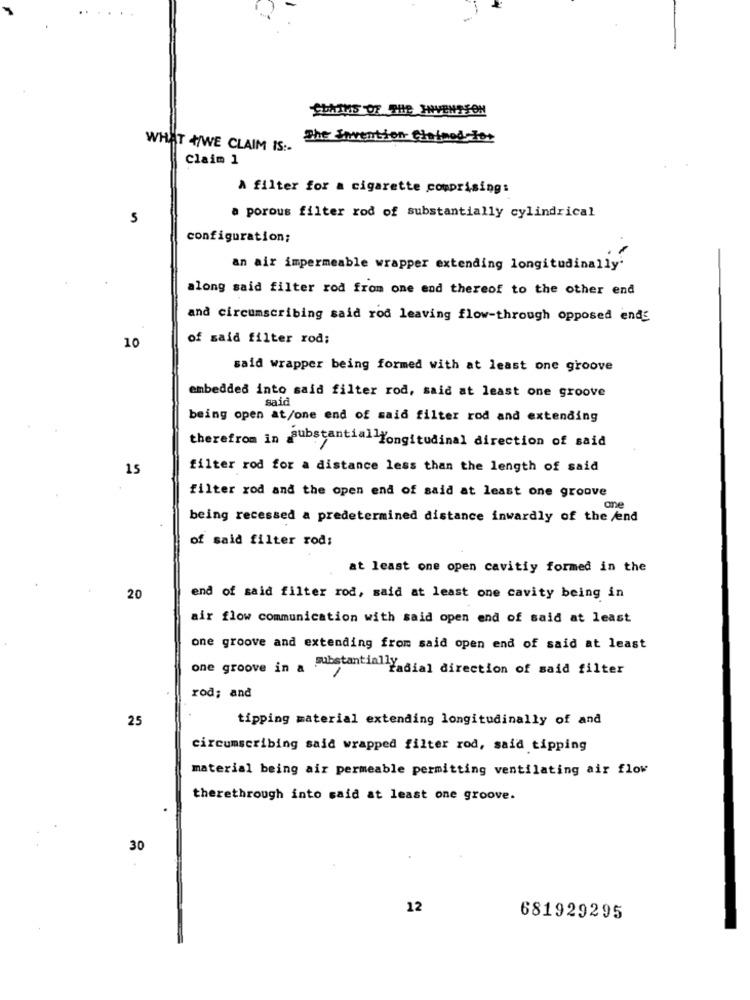
The Invention Chained For
WHAT +/WE CLAIM IS :-
Claim 1
A filter for a cigarette comprising:
a porous filter rod of substantially cylindrical
5
configuration;
an air impermeable wrapper extending longitudinally'
along said filter rod from one end thereof to the other end
and circumscribing said rod leaving flow-through opposed ends
10
of said filter rod;
said wrapper being formed with at least one groove
embedded into said filter rod, said at least one groove
said
being open at/one end of said filter rod and extending
therefrom in substantiallongitudinal direction of said
15
filter rod for a distance less than the length of said
filter rod and the open end of said at least one groove
one
being recessed a predetermined distance inwardly of the /end
of said filter rod;
at least one open cavitiy formed in the
20
end of said filter rod, said at least one cavity being in
air flow communication with said open end of said at least
one groove and extending from said open end of said at least
one groove in a "nadial direction of said filter
rod; and
25
tipping material extending longitudinally of and
circumscribing said wrapped filter rod, said tipping
material being air permeable permitting ventilating air flow
therethrough into said at least one groove.
30
12
681929295